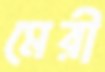
মেরী